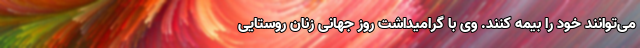
می‌توانند خود را بیمه کنند. وی با گرامیداشت روز جهانی زنان روستایی